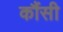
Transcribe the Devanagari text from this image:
कौंसी